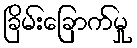
ခြိမ်းခြောက်မှု